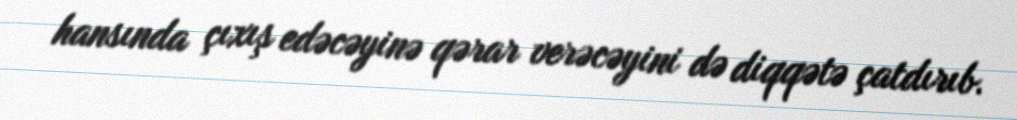
hansında çıxış edəcəyinə qərar verəcəyini də diqqətə çatdırıb.